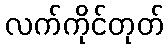
လက်ကိုင်တုတ်